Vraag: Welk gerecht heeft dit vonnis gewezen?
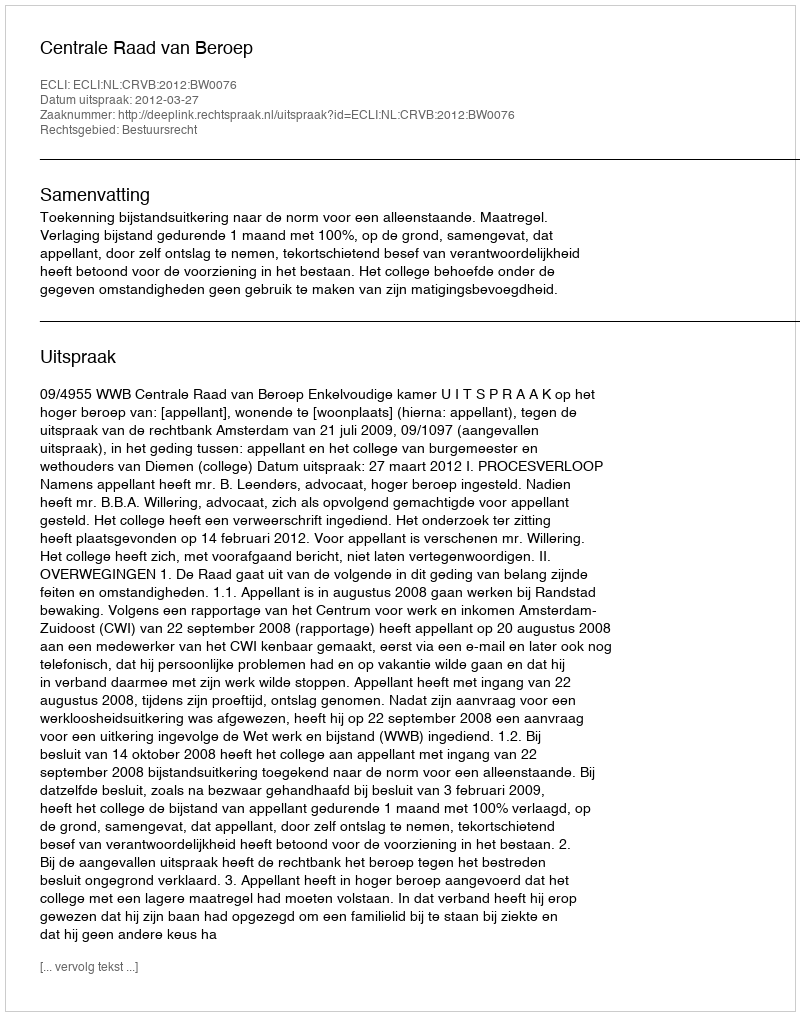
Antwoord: Centrale Raad van Beroep